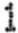
1